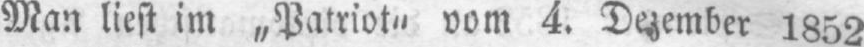
Man liest im „Patriot“ vom 4. Dezember 1852